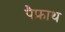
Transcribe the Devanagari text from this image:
पैफ्राथ